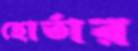
হোর্তার